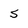
Character: 5